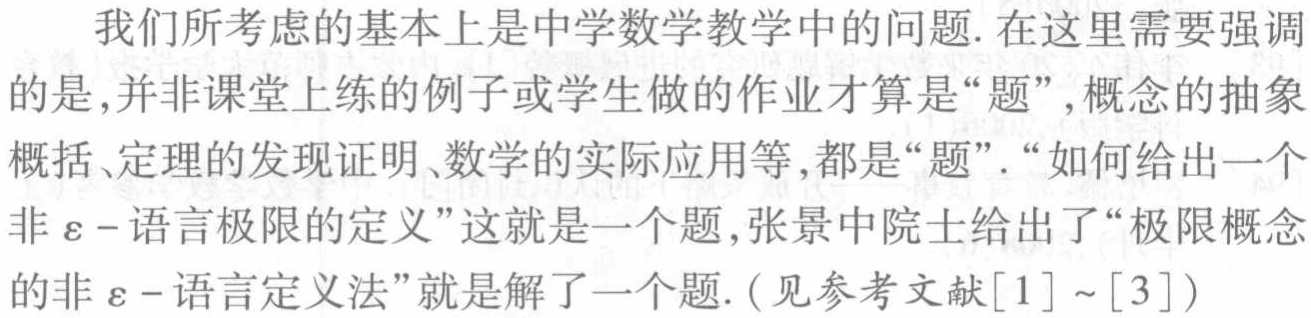
我们所考虑的基本上是中学数学教学中的问题. 在这里需要强调的是,并非课堂上练的例子或学生做的作业才算是“题”, 概念的抽象概括、定理的发现证明、数学的实际应用等, 都是“题”. “如何给出一个非\(\varepsilon -\)语言极限的定义”这就是一个题, 张景中院士给出了“极限概念的非\(\varepsilon -\)语言定义法”就是解了一个题. (见参考文献\([1]\sim[3]\))